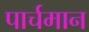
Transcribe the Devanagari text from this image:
पार्चमान